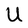
Character: U